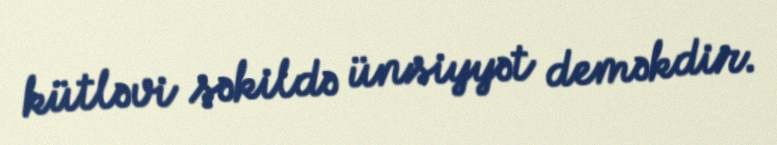
kütləvi şəkildə ünsiyyət deməkdir.